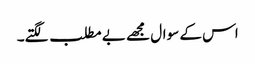
اس کے سوال مجھے بے مطلب لگتے۔